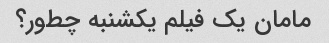
مامان یک فیلم یکشنبه چطور؟